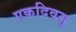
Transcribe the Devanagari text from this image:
एकदिवसु